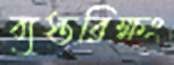
ব্যস্তরিক্ষং